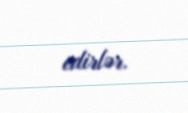
edirlər.